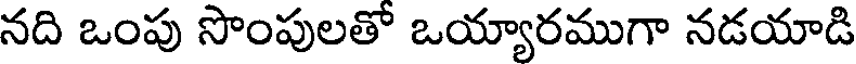
నది ఒంపు సొంపులతో ఒయ్యారముగా నడయాడి